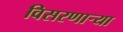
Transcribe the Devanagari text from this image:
विसरणाऱ्या